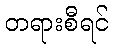
တရားစီရင်